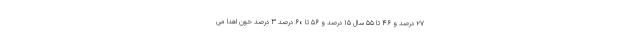
۲۷ درصد و ۴۶ تا ۵۵ سال ۱۵ درصد و ۵۶ تا ۶۰ درصد ۳ درصد خون اهدا می